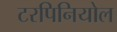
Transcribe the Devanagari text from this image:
टरपिनियोल